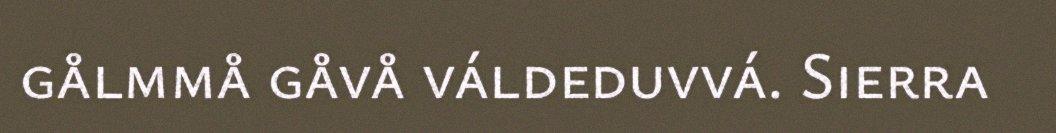
gålmmå gåvå váldeduvvá. Sierra